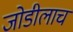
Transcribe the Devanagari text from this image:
जोडीलाच